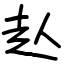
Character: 龪